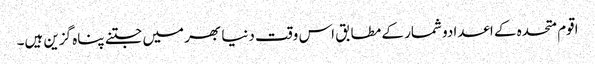
اقوم متحدہ کے اعدادو شمار کے مطابق اس وقت دنیا بھر میں جتنے پناہ گزین ہیں۔